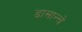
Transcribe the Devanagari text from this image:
डासान्चे